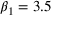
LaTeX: \beta _ { 1 } = 3 . 5